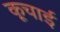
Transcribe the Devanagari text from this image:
कूचाई